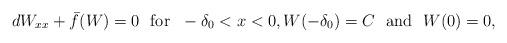
LaTeX: \begin{align*}dW_{xx}+\bar{f}(W)=0 \,\,\hbox{ for }\,\, -\delta_0<x<0, W(-\delta_0)=C \,\,\hbox{ and }\,\, W(0)=0,\end{align*}